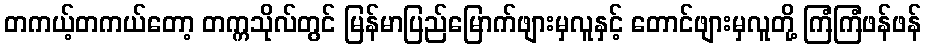
တကယ့်တကယ်တော့ တက္ကသိုလ်တွင် မြန်မာပြည်မြောက်ဖျားမှလူနှင့် တောင်ဖျားမှလူတို့ ကြံကြံဖန်ဖန်